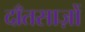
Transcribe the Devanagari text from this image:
दाँतसाज़ों